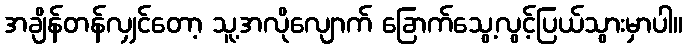
အချိန်တန်လျှင်တော့ သူ့အလိုလျောက် ခြောက်သွေ့လွင့်ပြယ်သွားမှာပါ။